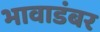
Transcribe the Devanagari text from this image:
भावाडंबर